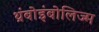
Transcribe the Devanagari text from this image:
थ्रंबोइंबोलिज्म